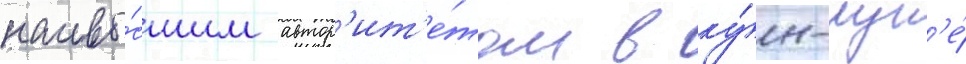
наивы́сшим автор'ит'е́том в ку́н-лун'е́